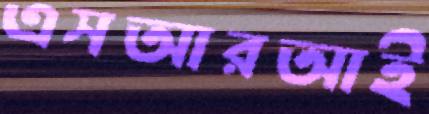
এসআরআই